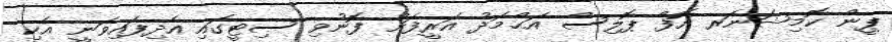
ޕީން ކޮމިޝަނަރ އޮފް ޕޮލިސް އަޙްމަދު އަރީފަށް ފޮނުވި ސިޓީގައި އެދިފައިވަނީ އެކި